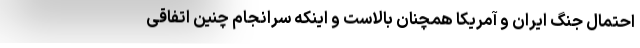
احتمال جنگ ایران و آمریکا همچنان بالاست و اینکه سرانجام چنین اتفاقی